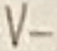
Text: V-